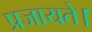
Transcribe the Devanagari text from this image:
प्रजायते।